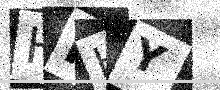
Text: HPHY